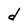
Character: d